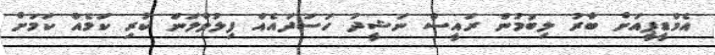
އެމްޑީޕީއަށް ބާރު ލިބުމުން ރައީސް ނަޝީދު ހަސަދައެއް ފިލުވާލަން ކުރި ކަމެއް ކަމަށް